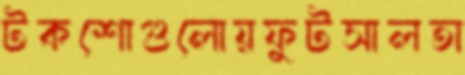
টকশোগুলোয়ফুটসালতা